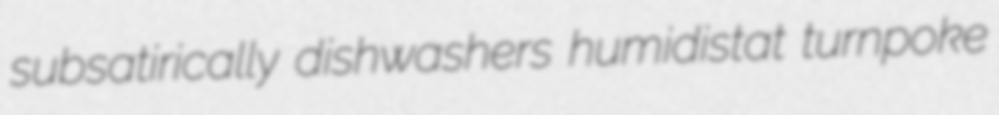
subsatirically dishwashers humidistat turnpoke